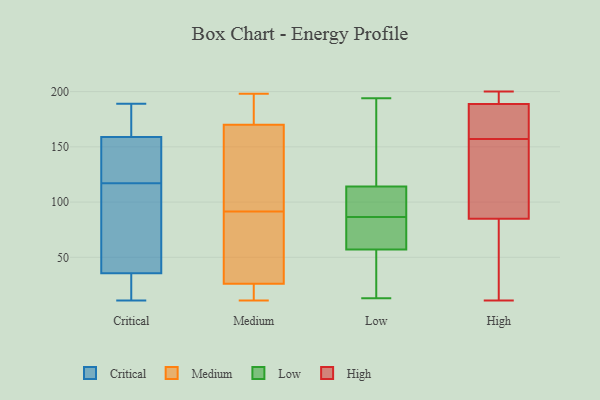
{"axis": {"x": "Inventory Turnover", "y": "Value"}, "legend": ["Critical", "High", "Low", "Medium"], "data": [{"x": "", "y": 147, "type": "Critical"}, {"x": "", "y": 171, "type": "Critical"}, {"x": "", "y": 11, "type": "Critical"}, {"x": "", "y": 60, "type": "Critical"}, {"x": "", "y": 189, "type": "Critical"}, {"x": "", "y": 147, "type": "Critical"}, {"x": "", "y": 87, "type": "Critical"}, {"x": "", "y": 14, "type": "Critical"}, {"x": "", "y": 155, "type": "Critical"}, {"x": "", "y": 117, "type": "Critical"}, {"x": "", "y": 37, "type": "Critical"}, {"x": "", "y": 31, "type": "Critical"}, {"x": "", "y": 177, "type": "Critical"}, {"x": "", "y": 85, "type": "Medium"}, {"x": "", "y": 198, "type": "Medium"}, {"x": "", "y": 76, "type": "Medium"}, {"x": "", "y": 190, "type": "Medium"}, {"x": "", "y": 11, "type": "Medium"}, {"x": "", "y": 175, "type": "Medium"}, {"x": "", "y": 12, "type": "Medium"}, {"x": "", "y": 182, "type": "Medium"}, {"x": "", "y": 62, "type": "Medium"}, {"x": "", "y": 12, "type": "Medium"}, {"x": "", "y": 98, "type": "Medium"}, {"x": "", "y": 18, "type": "Medium"}, {"x": "", "y": 116, "type": "Medium"}, {"x": "", "y": 171, "type": "Medium"}, {"x": "", "y": 122, "type": "Medium"}, {"x": "", "y": 169, "type": "Medium"}, {"x": "", "y": 130, "type": "Medium"}, {"x": "", "y": 25, "type": "Medium"}, {"x": "", "y": 27, "type": "Medium"}, {"x": "", "y": 56, "type": "Medium"}, {"x": "", "y": 165, "type": "Low"}, {"x": "", "y": 103, "type": "Low"}, {"x": "", "y": 65, "type": "Low"}, {"x": "", "y": 89, "type": "Low"}, {"x": "", "y": 57, "type": "Low"}, {"x": "", "y": 41, "type": "Low"}, {"x": "", "y": 194, "type": "Low"}, {"x": "", "y": 51, "type": "Low"}, {"x": "", "y": 114, "type": "Low"}, {"x": "", "y": 162, "type": "Low"}, {"x": "", "y": 106, "type": "Low"}, {"x": "", "y": 70, "type": "Low"}, {"x": "", "y": 84, "type": "Low"}, {"x": "", "y": 13, "type": "Low"}, {"x": "", "y": 48, "type": "High"}, {"x": "", "y": 188, "type": "High"}, {"x": "", "y": 164, "type": "High"}, {"x": "", "y": 191, "type": "High"}, {"x": "", "y": 192, "type": "High"}, {"x": "", "y": 135, "type": "High"}, {"x": "", "y": 96, "type": "High"}, {"x": "", "y": 200, "type": "High"}, {"x": "", "y": 52, "type": "High"}, {"x": "", "y": 97, "type": "High"}, {"x": "", "y": 168, "type": "High"}, {"x": "", "y": 157, "type": "High"}, {"x": "", "y": 11, "type": "High"}]}